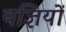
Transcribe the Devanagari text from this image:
यज्ञियों